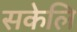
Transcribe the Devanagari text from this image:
सकेलि